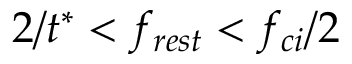
2 / t ^ { * } < f _ { r e s t } < f _ { c i } / 2